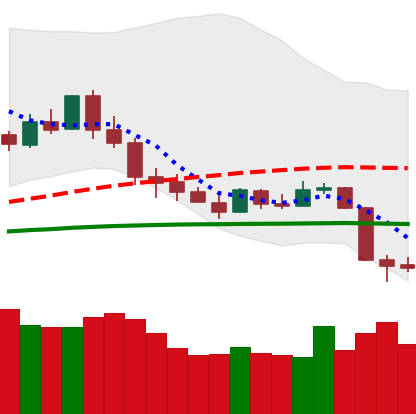
Ticker: XMR-USD
Chart end date: 2020-03-10
Forward return: -30.723%
Label: down_7plus